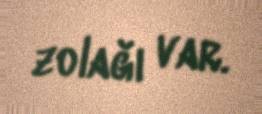
zolağı var.